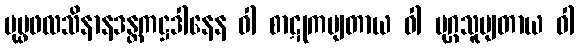
ပုပ္ဖဖလသိနာနဒန္တကဋ္ဌဒါနေန ဝါ စာဋုကမျတာယ ဝါ မုဂ္ဂသူပျတာယ ဝါ